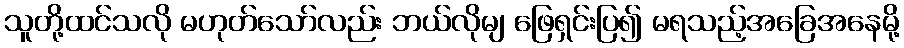
သူတို့ထင်သလို မဟုတ်သော်လည်း ဘယ်လိုမျ ဖြေရှင်းပြ၍ မရသည့်အခြေအနေမို့